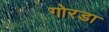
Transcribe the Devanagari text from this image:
गोरडा